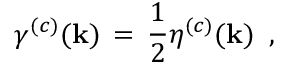
\gamma ^ { ( c ) } ( { \bf k } ) \, = \, \frac { 1 } { 2 } \eta ^ { ( c ) } ( { \bf k } ) \, \, \, ,